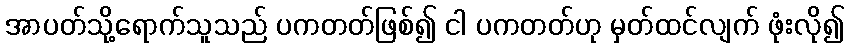
အာပတ်သို့ရောက်သူသည် ပကတတ်ဖြစ်၍ ငါ ပကတတ်ဟု မှတ်ထင်လျက် ဖုံးလို၍